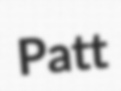
Patt